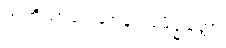
အဘိညာဝေါသာနပါရမိပ္ပတ္တော